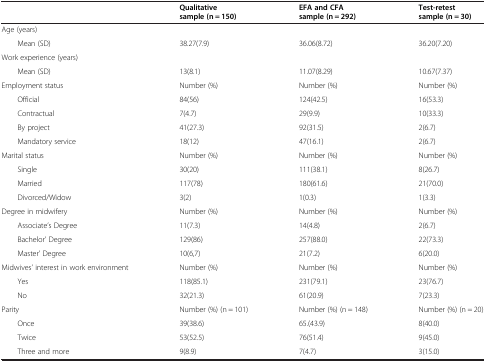
<table><thead><tr><td><b> </b></td><td><b>Qualitative sample (n = 150)</b></td><td><b>EFA and CFA sample (n = 292)</b></td><td><b>Test-retest sample (n = 30)</b></td><td><b> </b></td></tr></thead><tbody><tr><td>Age (years)</td><td> </td><td> </td><td> </td><td> </td></tr><tr><td>Mean (SD)</td><td>38.27(7.9)</td><td>36.06(8.72)</td><td>36.20(7.20)</td><td> </td></tr><tr><td>Work experience (years)</td><td> </td><td> </td><td> </td><td> </td></tr><tr><td>Mean (SD)</td><td>13(8.1)</td><td>11.07(8.29)</td><td>10.67(7.37)</td><td> </td></tr><tr><td>Employment status</td><td>Number (%)</td><td>Number (%)</td><td>Number (%)</td><td> </td></tr><tr><td>Official</td><td>84(56)</td><td>124(42.5)</td><td>16(53.3)</td><td> </td></tr><tr><td>Contractual</td><td>7(4.7)</td><td>29(9.9)</td><td>10(33.3)</td><td> </td></tr><tr><td>By project</td><td>41(27.3)</td><td>92(31.5)</td><td>2(6.7)</td><td> </td></tr><tr><td>Mandatory service</td><td>18(12)</td><td>47(16.1)</td><td>2(6.7)</td><td> </td></tr><tr><td>Marital status</td><td>Number (%)</td><td>Number (%)</td><td>Number (%)</td><td> </td></tr><tr><td>Single</td><td>30(20)</td><td>111(38.1)</td><td>8(26.7)</td><td> </td></tr><tr><td>Married</td><td>117(78)</td><td>180(61.6)</td><td>21(70.0)</td><td> </td></tr><tr><td>Divorced/Widow</td><td>3(2)</td><td>1(0.3)</td><td>1(3.3)</td><td> </td></tr><tr><td>Degree in midwifery</td><td>Number (%)</td><td>Number (%)</td><td>Number (%)</td><td> </td></tr><tr><td>Associate’s Degree</td><td>11(7.3)</td><td>14(4.8)</td><td>2(6.7)</td><td> </td></tr><tr><td>Bachelor’ Degree</td><td>129(86)</td><td>257(88.0)</td><td>22(73.3)</td><td> </td></tr><tr><td>Master’ Degree</td><td>10(6,7)</td><td>21(7.2)</td><td>6(20.0)</td><td> </td></tr><tr><td>Midwives’ interest in work environment</td><td>Number (%)</td><td>Number (%)</td><td>Number (%)</td><td> </td></tr><tr><td>Yes</td><td>118(85.1)</td><td>231(79.1)</td><td>23(76.7)</td><td> </td></tr><tr><td>No</td><td>32(21.3)</td><td>61(20.9)</td><td>7(23.3)</td><td> </td></tr><tr><td>Parity</td><td>Number (%) (n = 101)</td><td>Number (%) (n = 148)</td><td>Number (%) (n = 20)</td><td> </td></tr><tr><td>Once</td><td>39(38.6)</td><td>65.(43.9)</td><td>8(40.0)</td><td> </td></tr><tr><td>Twice</td><td>53(52.5)</td><td>76(51.4)</td><td>9(45.0)</td><td> </td></tr><tr><td>Three and more</td><td>9(8.9)</td><td>7(4.7)</td><td>3(15.0)</td><td> </td></tr></tbody></table>